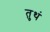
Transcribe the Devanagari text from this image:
तुथं